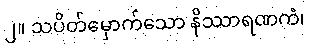
၂။ သပိတ်မှောက်သော နိဿာရဏကံ၊